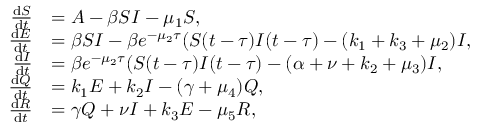
\begin{array} { r l } { \frac { \mathrm { d } S } { \mathrm { d } t } } & { = A - \beta S I - \mu _ { 1 } S , } \\ { \frac { \mathrm { d } E } { \mathrm { d } t } } & { = \beta S I - \beta e ^ { - \mu _ { 2 } \tau } ( S ( t - \tau ) I ( t - \tau ) - ( k _ { 1 } + k _ { 3 } + \mu _ { 2 } ) I , } \\ { \frac { \mathrm { d } I } { \mathrm { d } t } } & { = \beta e ^ { - \mu _ { 2 } \tau } ( S ( t - \tau ) I ( t - \tau ) - ( \alpha + \nu + k _ { 2 } + \mu _ { 3 } ) I , } \\ { \frac { \mathrm { d } Q } { \mathrm { d } t } } & { = k _ { 1 } E + k _ { 2 } I - ( \gamma + \mu _ { 4 } ) Q , } \\ { \frac { \mathrm { d } R } { \mathrm { d } t } } & { = \gamma Q + \nu I + k _ { 3 } E - \mu _ { 5 } R , } \end{array}